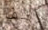
ولف